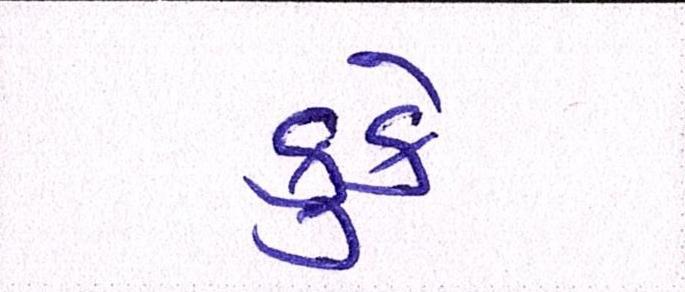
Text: કુકે